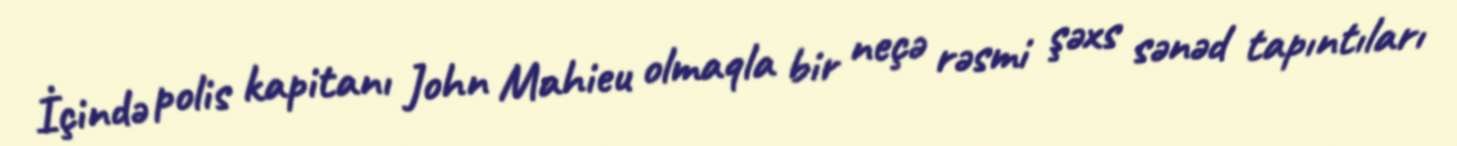
İçində polis kapitanı John Mahieu olmaqla bir neçə rəsmi şəxs sənəd tapıntıları